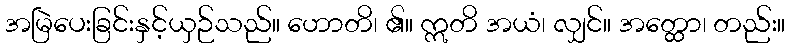
အမြဲပေးခြင်းနှင့်ယှဉ်သည်။ ဟောတိ၊ ၏။ ဣတိ အယံ၊ လျှင်။ အတ္ထော၊ တည်း။